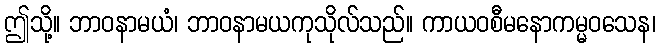
ဤသို့။ ဘာဝနာမယံ၊ ဘာဝနာမယကုသိုလ်သည်။ ကာယဝစီမနောကမ္မဝသေန၊